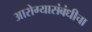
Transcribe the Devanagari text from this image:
आरोग्यासंबंधीचा